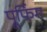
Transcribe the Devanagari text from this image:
प्रूफिंग